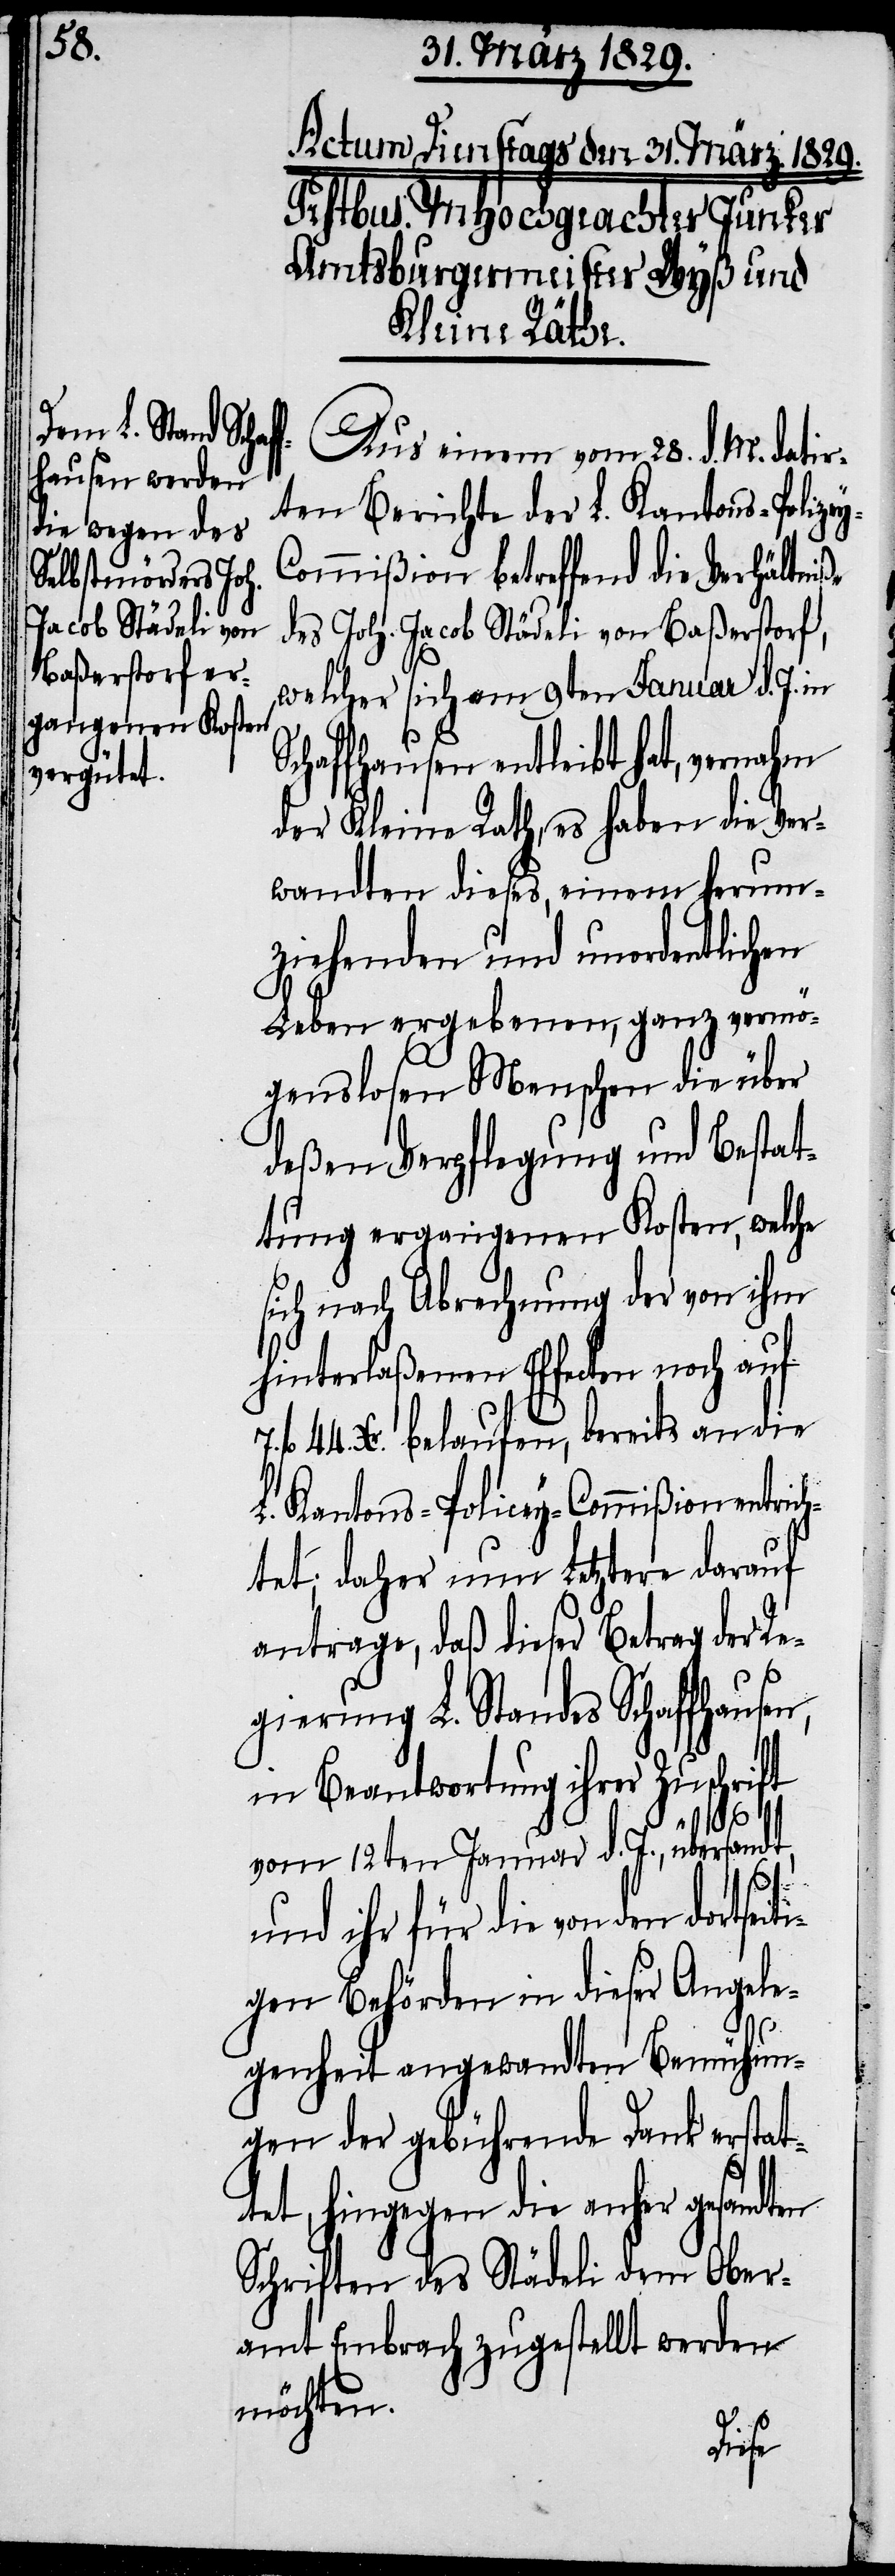
28.
ten Berichte der L. Kantons-Police¬
ommißion betreffend die Verhältniße
des Joh. Jacob Städeli von Baßerstorf,
welcher sich am 9ten Januar d. J. in
Schaffhausen entleibt hat, vernahm
der Kleine Rath, es haben die Ver¬
wandten dieses, einem herum¬
ziehenden und unordentlichen
Leben ergebenen, ganz vermö¬
genslosen Menschen die über
deßen Verpflegung und Bestat¬
tung ergangenen Kosten, welche
sich nach Abrechnung der von ihm
hinterlaßenen Effecten noch auf
fl. 44. Xr. belaufen, bereits an die
L. Kantons-Policey-Commißion entrich¬
tet; daher nun Letztere darauf
antrage, daß dieser Betrag der Re¬
gierung L. Standes Schaffhausen,
in Beantwortung ihrer Zuschrift
vom 12ten Januar d. J., übersandt,
7.
und ihr für die von den dortseiti¬
gen Behörden in dieser Angele¬
genheit angewandten Bemühun¬
gen der gebührenden Dank erstat¬
tet, hingegen die anher gesandten
Schriften des Städeli dem Ober¬
amt Embrach zugestellt werden
möchten.